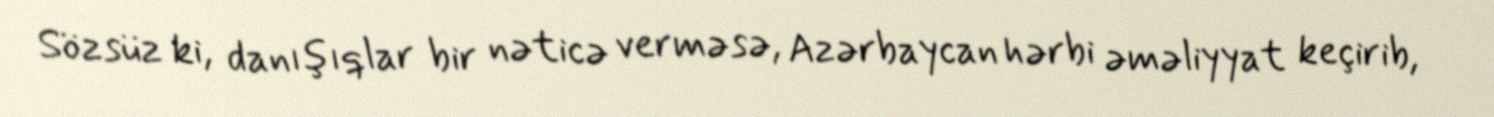
Sözsüz ki, danışıqlar bir nəticə verməsə, Azərbaycan hərbi əməliyyat keçirib,